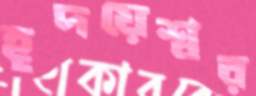
হূদয়েশ্বর